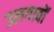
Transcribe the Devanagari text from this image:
उलगावों